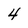
Character: 4